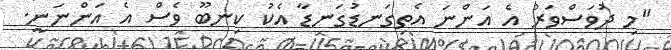
"މި ދުވަސްވަރު އެ އަންނަ އެތިގަނޑުގަނޑާ އެކު ކިނބޫ ވެސް އެ އަންނަނީ.